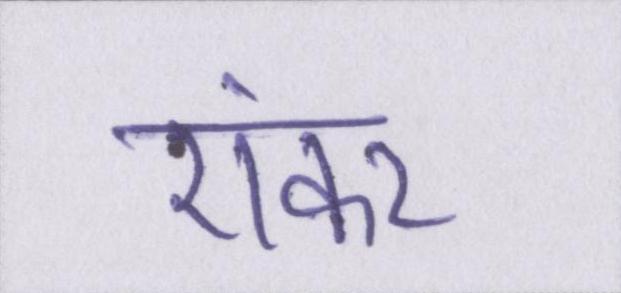
एंकर